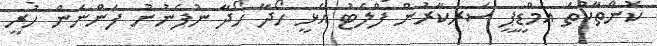
ކޮންތާކުތަ އެމްޑީޕީ ސަރުކާރުން ފްލެޓު އެޅީ ހޯދާ ހޯދާ ނުފެނުނު ފަންނަން ހުރީ